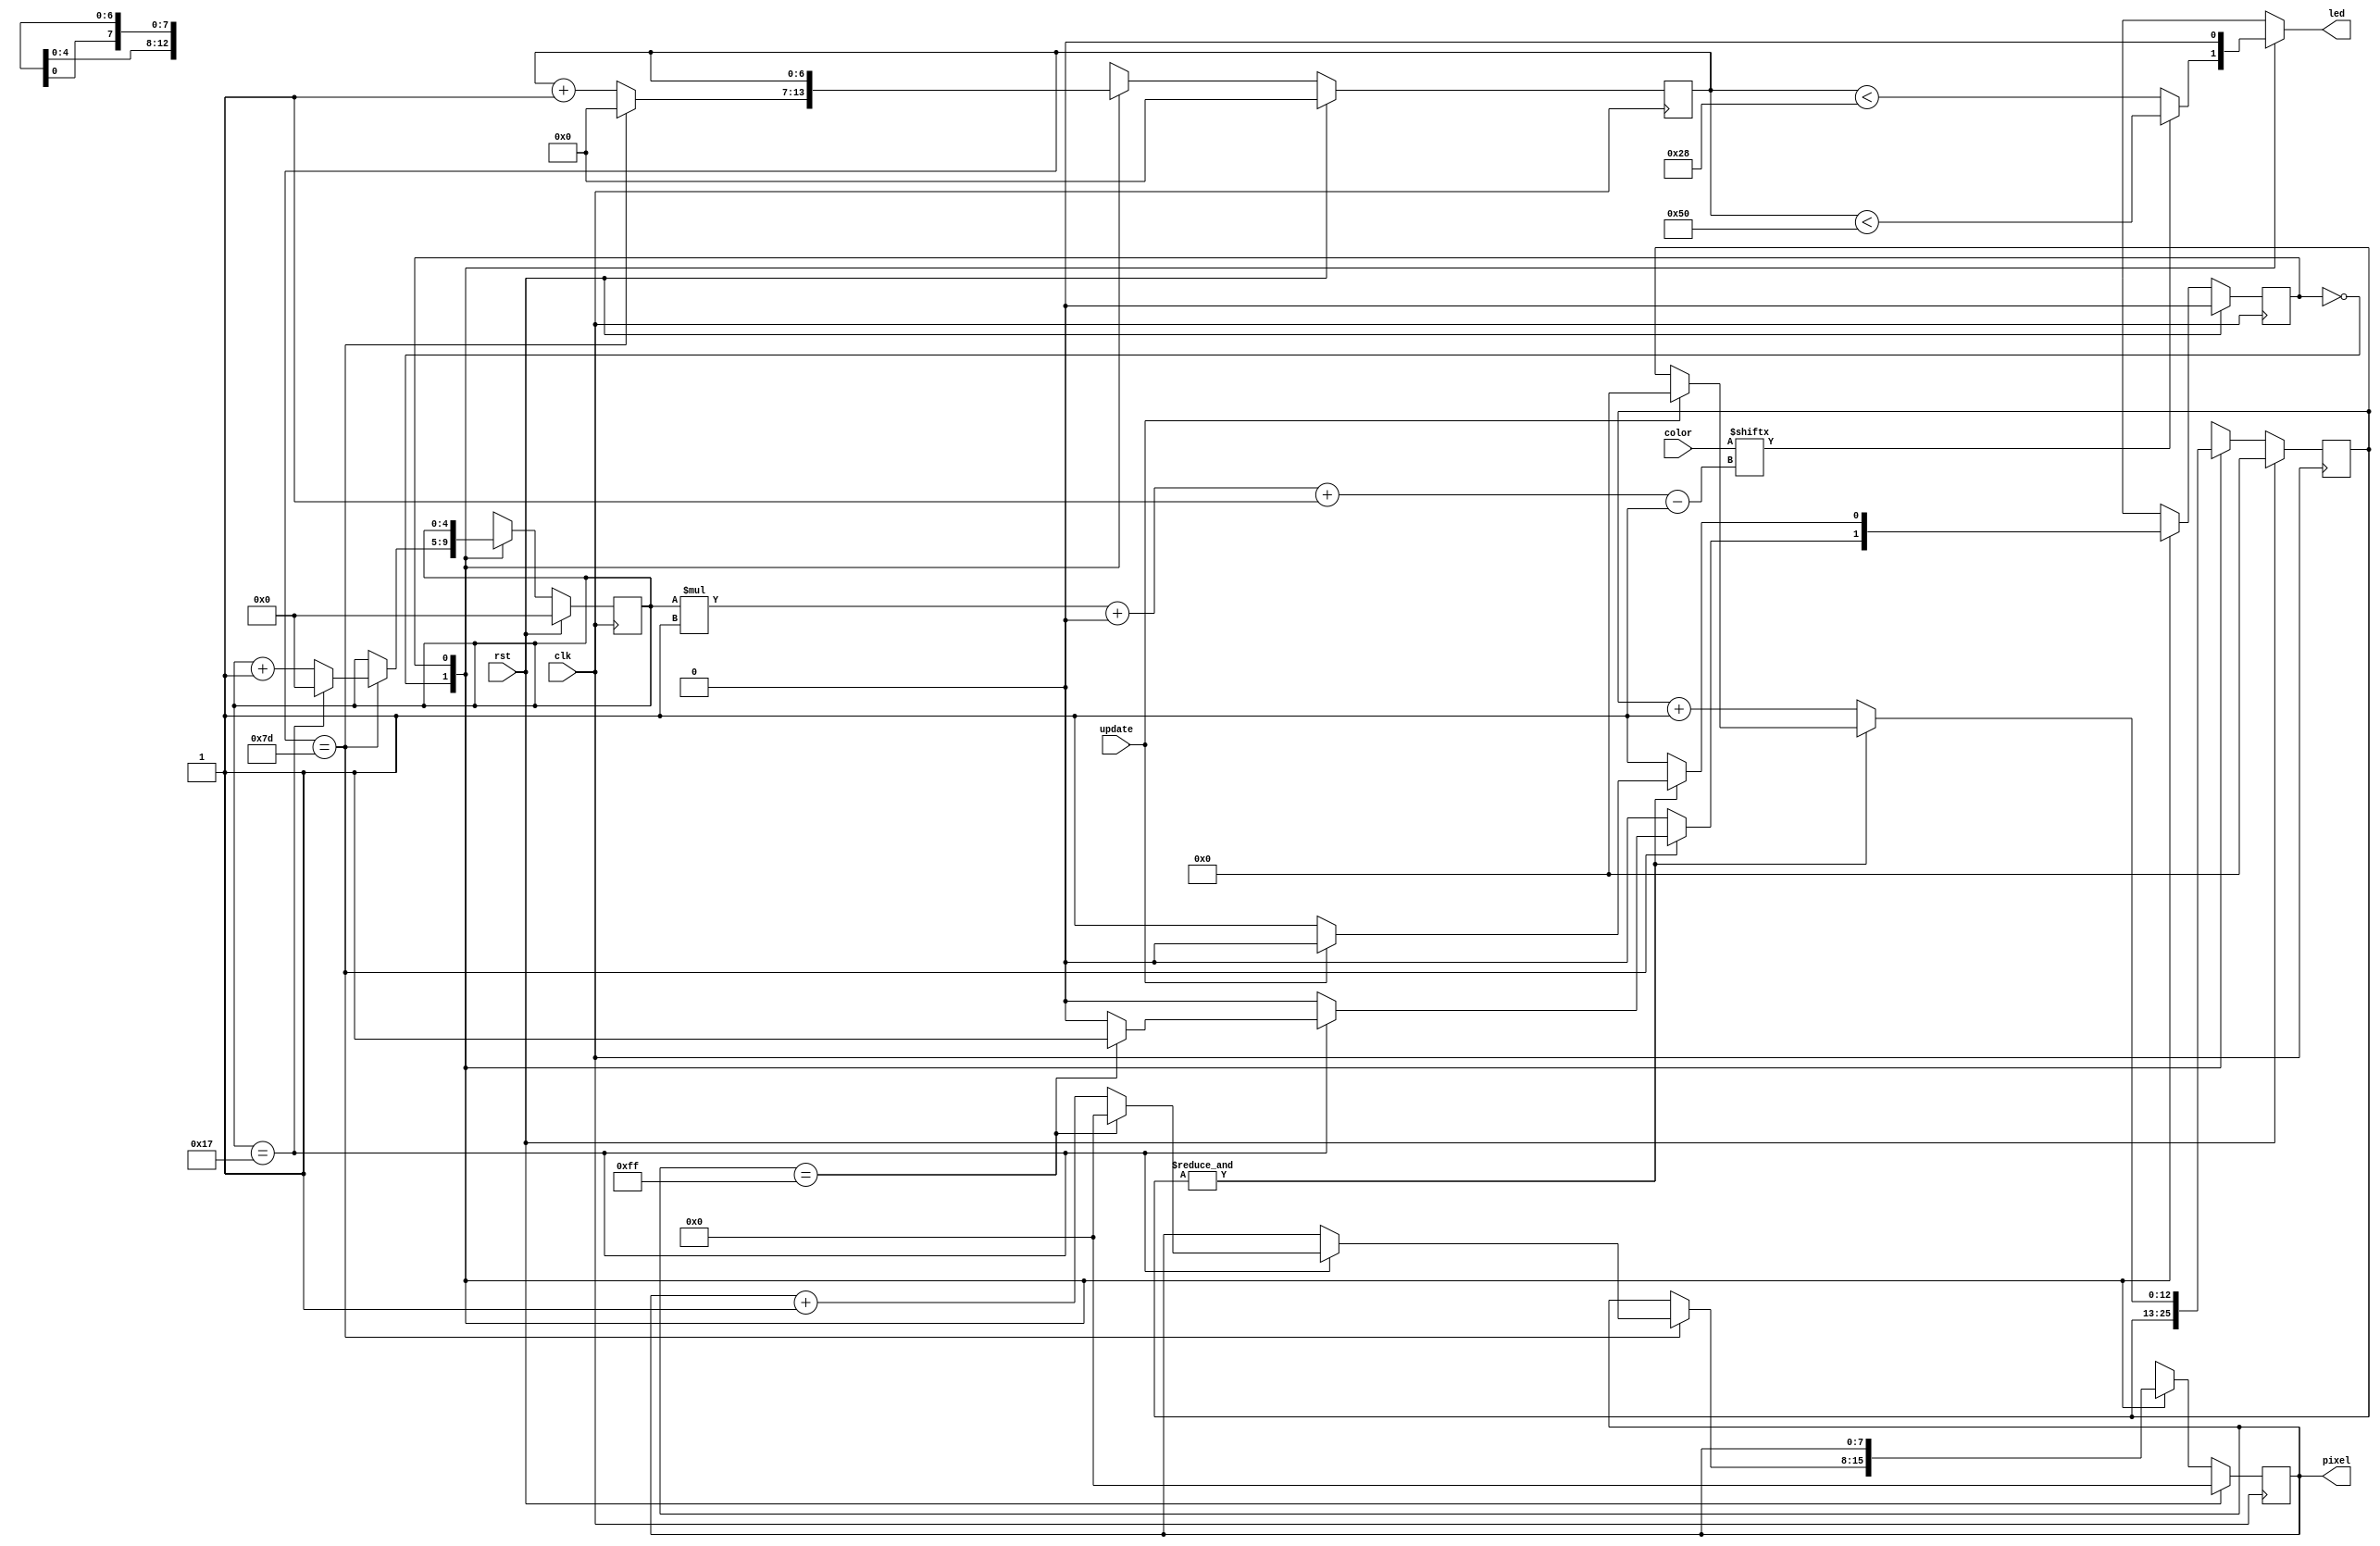
/*
   This file was generated automatically by Alchitry Labs version 1.2.7.
   Do not edit this file directly. Instead edit the original Lucid source.
   This is a temporary file and any changes made to it will be destroyed.
*/

/*
   Parameters:
     PIXEL_COUNT = 256
*/
module ws2812b_writer_3 (
    input clk,
    input rst,
    input update,
    input [23:0] color,
    output reg [7:0] pixel,
    output reg led
  );
  
  localparam PIXEL_COUNT = 9'h100;
  
  
  localparam SEND_PIXEL_state = 1'd0;
  localparam RESET_state = 1'd1;
  
  reg M_state_d, M_state_q = SEND_PIXEL_state;
  reg [7:0] M_pixel_ctr_d, M_pixel_ctr_q = 1'h0;
  reg [4:0] M_bit_ctr_d, M_bit_ctr_q = 1'h0;
  reg [6:0] M_ctr_d, M_ctr_q = 1'h0;
  reg [12:0] M_rst_ctr_d, M_rst_ctr_q = 1'h0;
  
  always @* begin
    M_state_d = M_state_q;
    M_ctr_d = M_ctr_q;
    M_bit_ctr_d = M_bit_ctr_q;
    M_rst_ctr_d = M_rst_ctr_q;
    M_pixel_ctr_d = M_pixel_ctr_q;
    
    led = 1'h0;
    pixel = M_pixel_ctr_q;
    
    case (M_state_q)
      SEND_PIXEL_state: begin
        if (color[(M_bit_ctr_q)*1+0-:1]) begin
          led = M_ctr_q < 7'h50;
        end else begin
          led = M_ctr_q < 6'h28;
        end
        M_ctr_d = M_ctr_q + 1'h1;
        if (M_ctr_q == 7'h7d) begin
          M_ctr_d = 1'h0;
          M_bit_ctr_d = M_bit_ctr_q + 1'h1;
          if (M_bit_ctr_q == 5'h17) begin
            M_bit_ctr_d = 1'h0;
            M_pixel_ctr_d = M_pixel_ctr_q + 1'h1;
            if (M_pixel_ctr_q == 10'h0ff) begin
              M_pixel_ctr_d = 1'h0;
              M_state_d = RESET_state;
            end
          end
        end
      end
      RESET_state: begin
        if ((&M_rst_ctr_q)) begin
          if (update) begin
            M_rst_ctr_d = 1'h0;
            M_state_d = SEND_PIXEL_state;
          end
        end else begin
          M_rst_ctr_d = M_rst_ctr_q + 1'h1;
        end
      end
    endcase
  end
  
  always @(posedge clk) begin
    if (rst == 1'b1) begin
      M_pixel_ctr_q <= 1'h0;
      M_bit_ctr_q <= 1'h0;
      M_ctr_q <= 1'h0;
      M_rst_ctr_q <= 1'h0;
      M_state_q <= 1'h0;
    end else begin
      M_pixel_ctr_q <= M_pixel_ctr_d;
      M_bit_ctr_q <= M_bit_ctr_d;
      M_ctr_q <= M_ctr_d;
      M_rst_ctr_q <= M_rst_ctr_d;
      M_state_q <= M_state_d;
    end
  end
  
endmodule